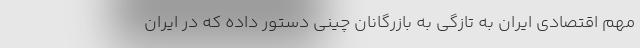
مهم اقتصادی ایران به تازگی به بازرگانان چینی دستور داده که در ایران